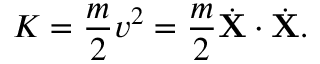
K = { \frac { m } { 2 } } v ^ { 2 } = { \frac { m } { 2 } } { \dot { \mathbf { X } } } \cdot { \dot { \mathbf { X } } } .